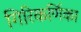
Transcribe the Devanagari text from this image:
गिरिकर्णिका